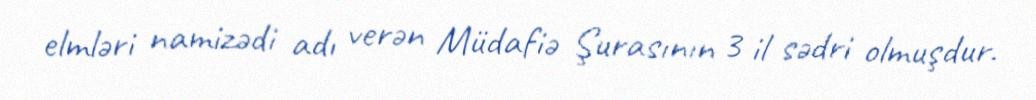
elmləri namizədi adı verən Müdafiə Şurasının 3 il sədri olmuşdur.